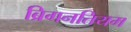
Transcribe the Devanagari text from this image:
ब्रिगनतियम